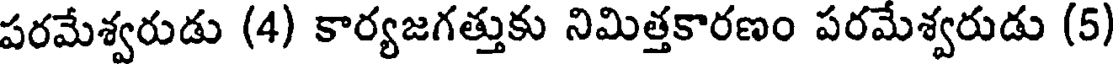
పరమేశ్వరుడు (4) కార్యజగత్తుకు నిమిత్తకారణం పరమేశ్వరుడు (5)